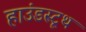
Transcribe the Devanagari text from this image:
हाउंडस्टूथ